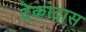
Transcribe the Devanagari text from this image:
देकादास